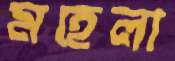
মহেলা